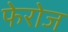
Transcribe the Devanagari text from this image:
फेरोज